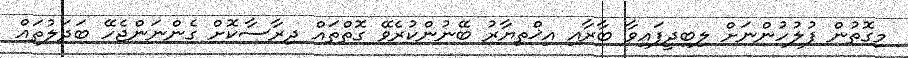
މިގޮތުން ފުލުހުންނަށް ލިބިދީފައިވާ ބާރާއި އިޚްތިޔާރު ބޭނުންކުރެވޭ ގޮތްތައް ދިރާސާކޮށް ގެންނަންޖެހޭ ބަދަލުތައް